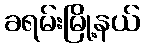
ခရမ်းမြို့နယ်